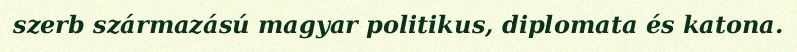
szerb származású magyar politikus, diplomata és katona.